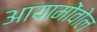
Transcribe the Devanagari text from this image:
आयामोंवोल